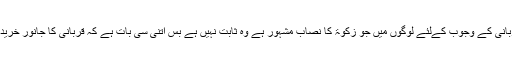
دوسری بات : قربانی کے وجوب کےلئے لوگوں میں جو زکوۃ کا نصاب مشہور ہے وہ ثابت نہیں ہے بس اتنی سی بات ہے کہ قربانی کا جانور خریدنے کی طاقت ہو۔